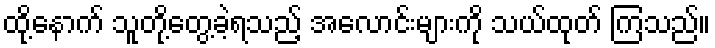
ထို့နောက် သူတို့တွေ့ခဲ့ရသည့် အလောင်းများကို သယ်ထုတ် ကြသည်။